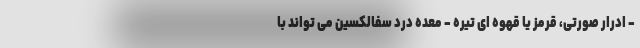
- ادرار صورتی، قرمز یا قهوه ای تیره - معده درد سفالکسین می تواند با